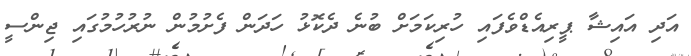
އަދި އައިޝާ ޕީރިއެޑްވެފައި ހުރިކަމަށް ބުނެ ދެކޮޅު ހަދަން ފެށުމުން ނުރުހުމުގައި ޖިންސީ